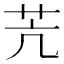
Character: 苀